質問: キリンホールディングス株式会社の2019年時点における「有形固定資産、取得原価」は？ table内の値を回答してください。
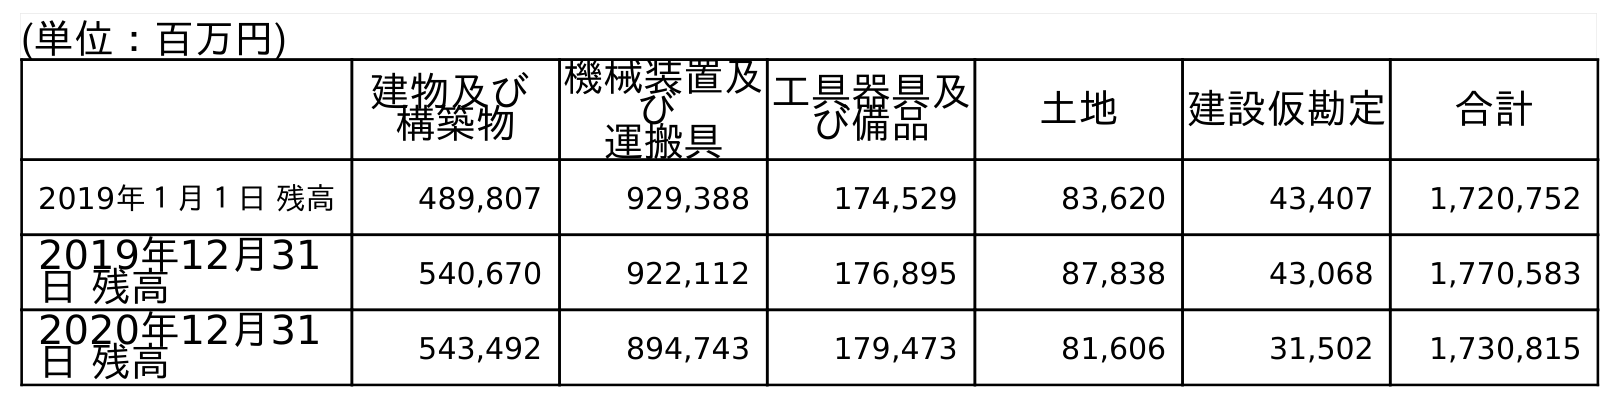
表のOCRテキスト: (単位：百万円) 建物及び 構築物 機械装置及 び 運搬具 工具器具及 び備品 土地 建設仮勘定 合計 2019年１月１日 残高 489,807 929,388 174,529 83,620 43,407 1,720,752 2019年12月31 日 残高 540,670 922,112 176,895 87,838 43,068 1,770,583 2020年12月31 日 残高 543,492 894,743 179,473 81,606 31,502 1,730,815
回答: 1,770,583